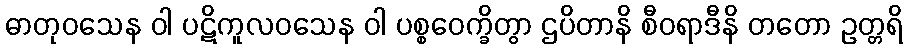
ဓာတုဝသေန ဝါ ပဋိကူလဝသေန ဝါ ပစ္စဝေက္ခိတွာ ဌပိတာနိ စီဝရာဒီနိ တတော ဥတ္တရိ